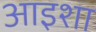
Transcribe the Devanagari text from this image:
आइशा